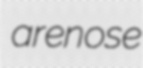
arenose